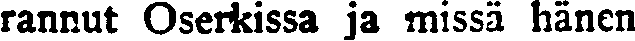
rannut Oserkissa ja missä hänen